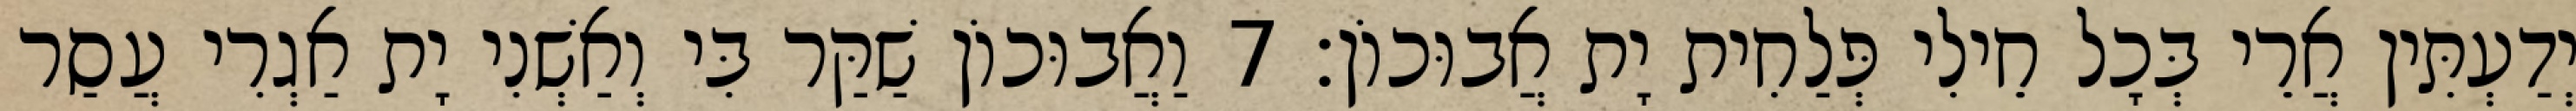
יְדַעְתִּין אֲרֵי בְּכָל חֵילִי פְּלַחִית יָת אֲבוּכוֹן׃ 7 וַאֲבוּכוֹן שַׁקַּר בִּי וְאַשְׁנִי יָת אַגְרִי עֲסַר